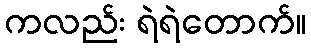
ကလည်း ရဲရဲတောက်။